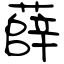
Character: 薛